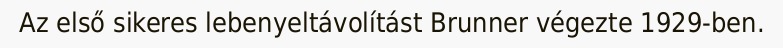
Az első sikeres lebenyeltávolítást Brunner végezte 1929-ben.